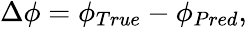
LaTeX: \begin{array}{r}{\Delta\phi=\phi_{True}-\phi_{Pred},}\end{array}